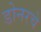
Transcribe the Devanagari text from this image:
डोनरचे